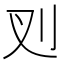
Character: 𭃆